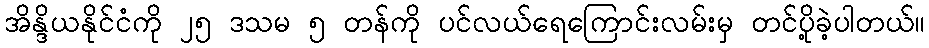
အိန္ဒိယနိုင်ငံကို ၂၅ ဒသမ ၅ တန်ကို ပင်လယ်ရေကြောင်းလမ်းမှ တင်ပို့ခဲ့ပါတယ်။